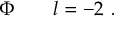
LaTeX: \Phi \qquad l = - 2 \ .